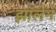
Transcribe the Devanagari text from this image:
झॉलेन